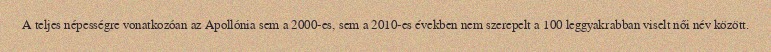
A teljes népességre vonatkozóan az Apollónia sem a 2000-es, sem a 2010-es években nem szerepelt a 100 leggyakrabban viselt női név között.